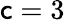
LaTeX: \mathsf{c}=3